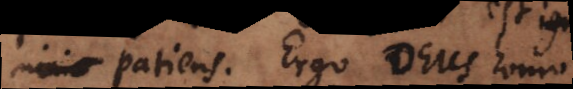
ignominia patiens. Ergo Deus homo